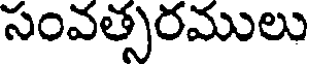
సంవత్సరములు